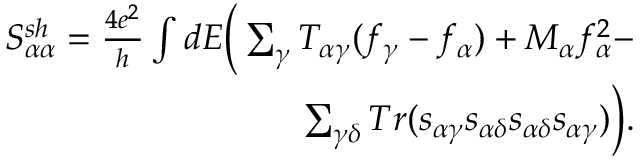
\begin{array} { r } { { S _ { \alpha \alpha } ^ { s h } } = \frac { 4 e ^ { 2 } } { h } \int d E \bigg ( \sum _ { \gamma } T _ { \alpha \gamma } ( f _ { \gamma } - f _ { \alpha } ) + M _ { \alpha } f _ { \alpha } ^ { 2 } - } \\ { \sum _ { \gamma \delta } T r ( s _ { \alpha \gamma } s _ { \alpha \delta } s _ { \alpha \delta } s _ { \alpha \gamma } ) \bigg ) . } \end{array}